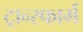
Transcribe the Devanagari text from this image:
ट्रान्स्फार्म